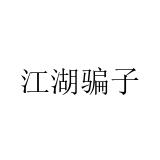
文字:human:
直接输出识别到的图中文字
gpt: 江湖骗子